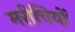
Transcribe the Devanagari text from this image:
मरीचियों